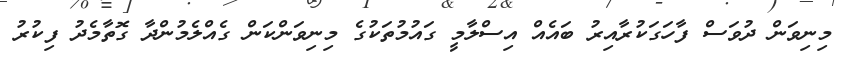
މިނިވަން ދުވަސް ފާހަގަކުރާއިރު ބައެއް އިސްލާމީ ގައުމުތަކުގެ މިނިވަންކަން ގެއްލެމުންދާ ގޮތާމެދު ފިކުރު